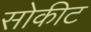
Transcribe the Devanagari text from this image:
सोकीट